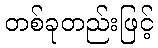
တစ်ခုတည်းဖြင့်